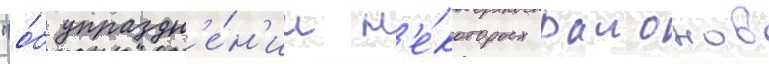
"о́б упраздн'е́н'ии н'е́которых раионов